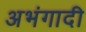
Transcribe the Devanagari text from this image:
अभंगादी